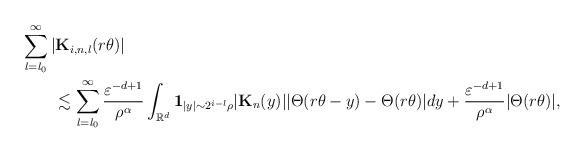
LaTeX: \begin{align*}&\sum_{l=l_0}^{\infty}|\mathbf{K}_{i,n,l}(r\theta)|\\&\quad\quad\lesssim \sum_{l=l_0}^{\infty} \frac{\varepsilon^{-d+1}}{\rho^\alpha}\int_{\mathbb{R}^d}\mathbf{1}_{|y|\sim 2^{i-l}\rho }|\mathbf{K}_{n}(y)||\Theta(r\theta-y)-\Theta(r\theta)|dy+ \frac{\varepsilon^{-d+1}}{\rho^\alpha}|\Theta(r\theta)|,\end{align*}